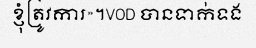
ខ្ញុំត្រូវការ»។VOD បានទាក់ទង